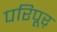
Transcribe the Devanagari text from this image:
परिपूर्